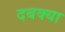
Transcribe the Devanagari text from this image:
दबक्या